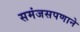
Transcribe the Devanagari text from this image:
समंजसपणाने